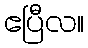
ဧပြီလ။